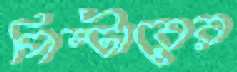
পিন্টারের